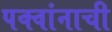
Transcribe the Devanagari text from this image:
पक्वांनाची